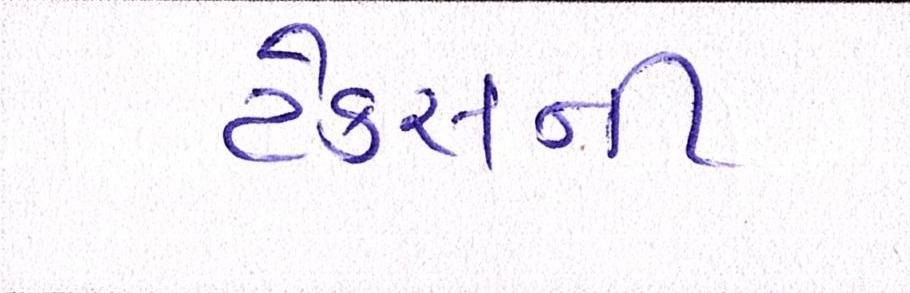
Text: ટેકસની